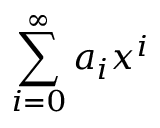
\sum _ { i = 0 } ^ { \infty } a _ { i } x ^ { i }